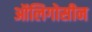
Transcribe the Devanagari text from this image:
ऑलिगोसीन